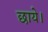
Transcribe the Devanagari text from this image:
छाये।